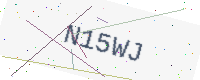
Text: N15WJ